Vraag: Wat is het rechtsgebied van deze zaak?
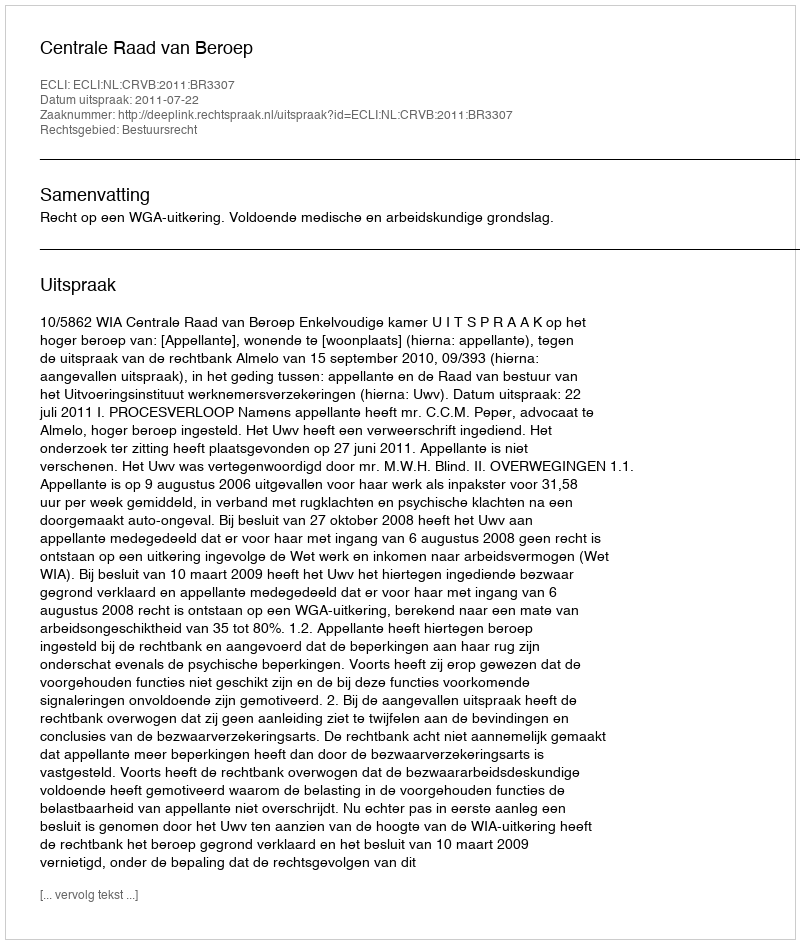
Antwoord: Bestuursrecht